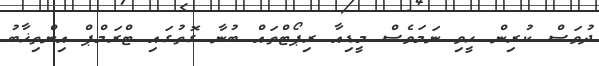
ދުވަސް ކުރިން ހީވި ނަމަވެސް މީޑިއާ ރިޕޯޓްތައް ބުނާ ގޮތުގައި ޓްރަމްޕް އިންތިޚާބު